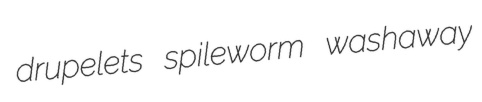
drupelets spileworm washaway